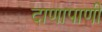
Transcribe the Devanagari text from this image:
दाणापाणी